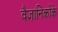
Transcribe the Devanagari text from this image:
वैज्ञानिकोंके